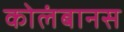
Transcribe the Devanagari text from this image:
कोलंबानस